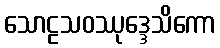
သောဠသဝဿုဒ္ဒေသိကော